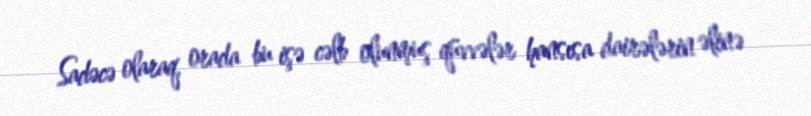
Sadəcə olaraq, orada bu işə cəlb olunmuş qüvvələr hansısa dairələrin əlinə